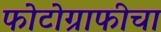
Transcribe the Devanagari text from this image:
फोटोग्राफीचा